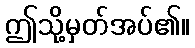
ဤသို့မှတ်အပ်၏။